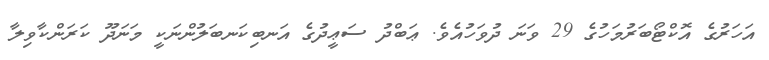
އަހަރުގެ އޮކްޓޯބަރުމަހުގެ 29 ވަނަ ދުވަހުއެވެ. ޢަބްދު ސަޢީދުގެ އަނބިކަނބަލުންނަކީ މަނަދޫ ކަރަންކާވިލާ